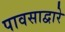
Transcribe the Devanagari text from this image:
पावसाद्वारे